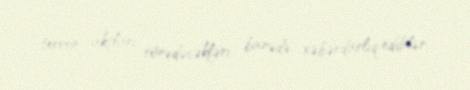
terror aktları törədəcəkləri barədə xəbərdarlıq ediblər.